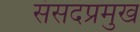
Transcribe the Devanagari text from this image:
संसदप्रमुख